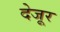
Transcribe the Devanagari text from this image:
देजूर